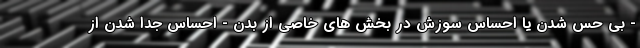
- بی حس شدن یا احساس سوزش در بخش های خاصی از بدن - احساس جدا شدن از